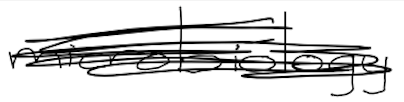
Text: microbiology
Cross-out: scratch
Writing tool: digital_black